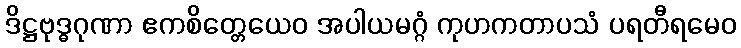
ဒိဋ္ဌဗုဒ္ဓဂုဏာ ဧကစိတ္တေယေဝ အပါယမဂ္ဂံ ကုဟကတာပသံ ပရတီရမေဝ